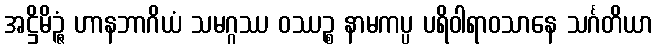
အဋ္ဌိမိဉ္ဇံ ဟာနဘာဂိယံ သမဂ္ဂဿ ဝဿဉ္စ နာမကပ္ပ ပရိဝါရာဝသာနေ သင်္ဂတိယာ